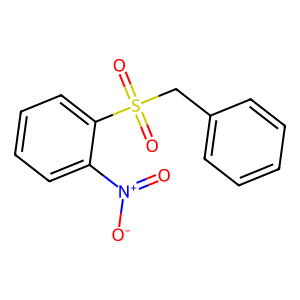
SMILES: O=[N+]([O-])c1ccccc1S(=O)(=O)Cc1ccccc1
Inhibits HIV replication: No